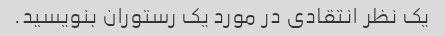
یک نظر انتقادی در مورد یک رستوران بنویسید.